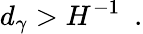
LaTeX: d_{\gamma}>H^{-1}\ \ .